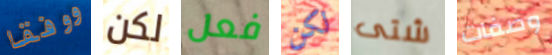
ووفقا لكن فعل لكن شتى وصفات